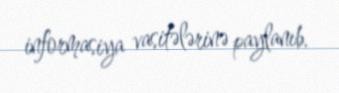
informasiya vasitələrinə paylanıb.